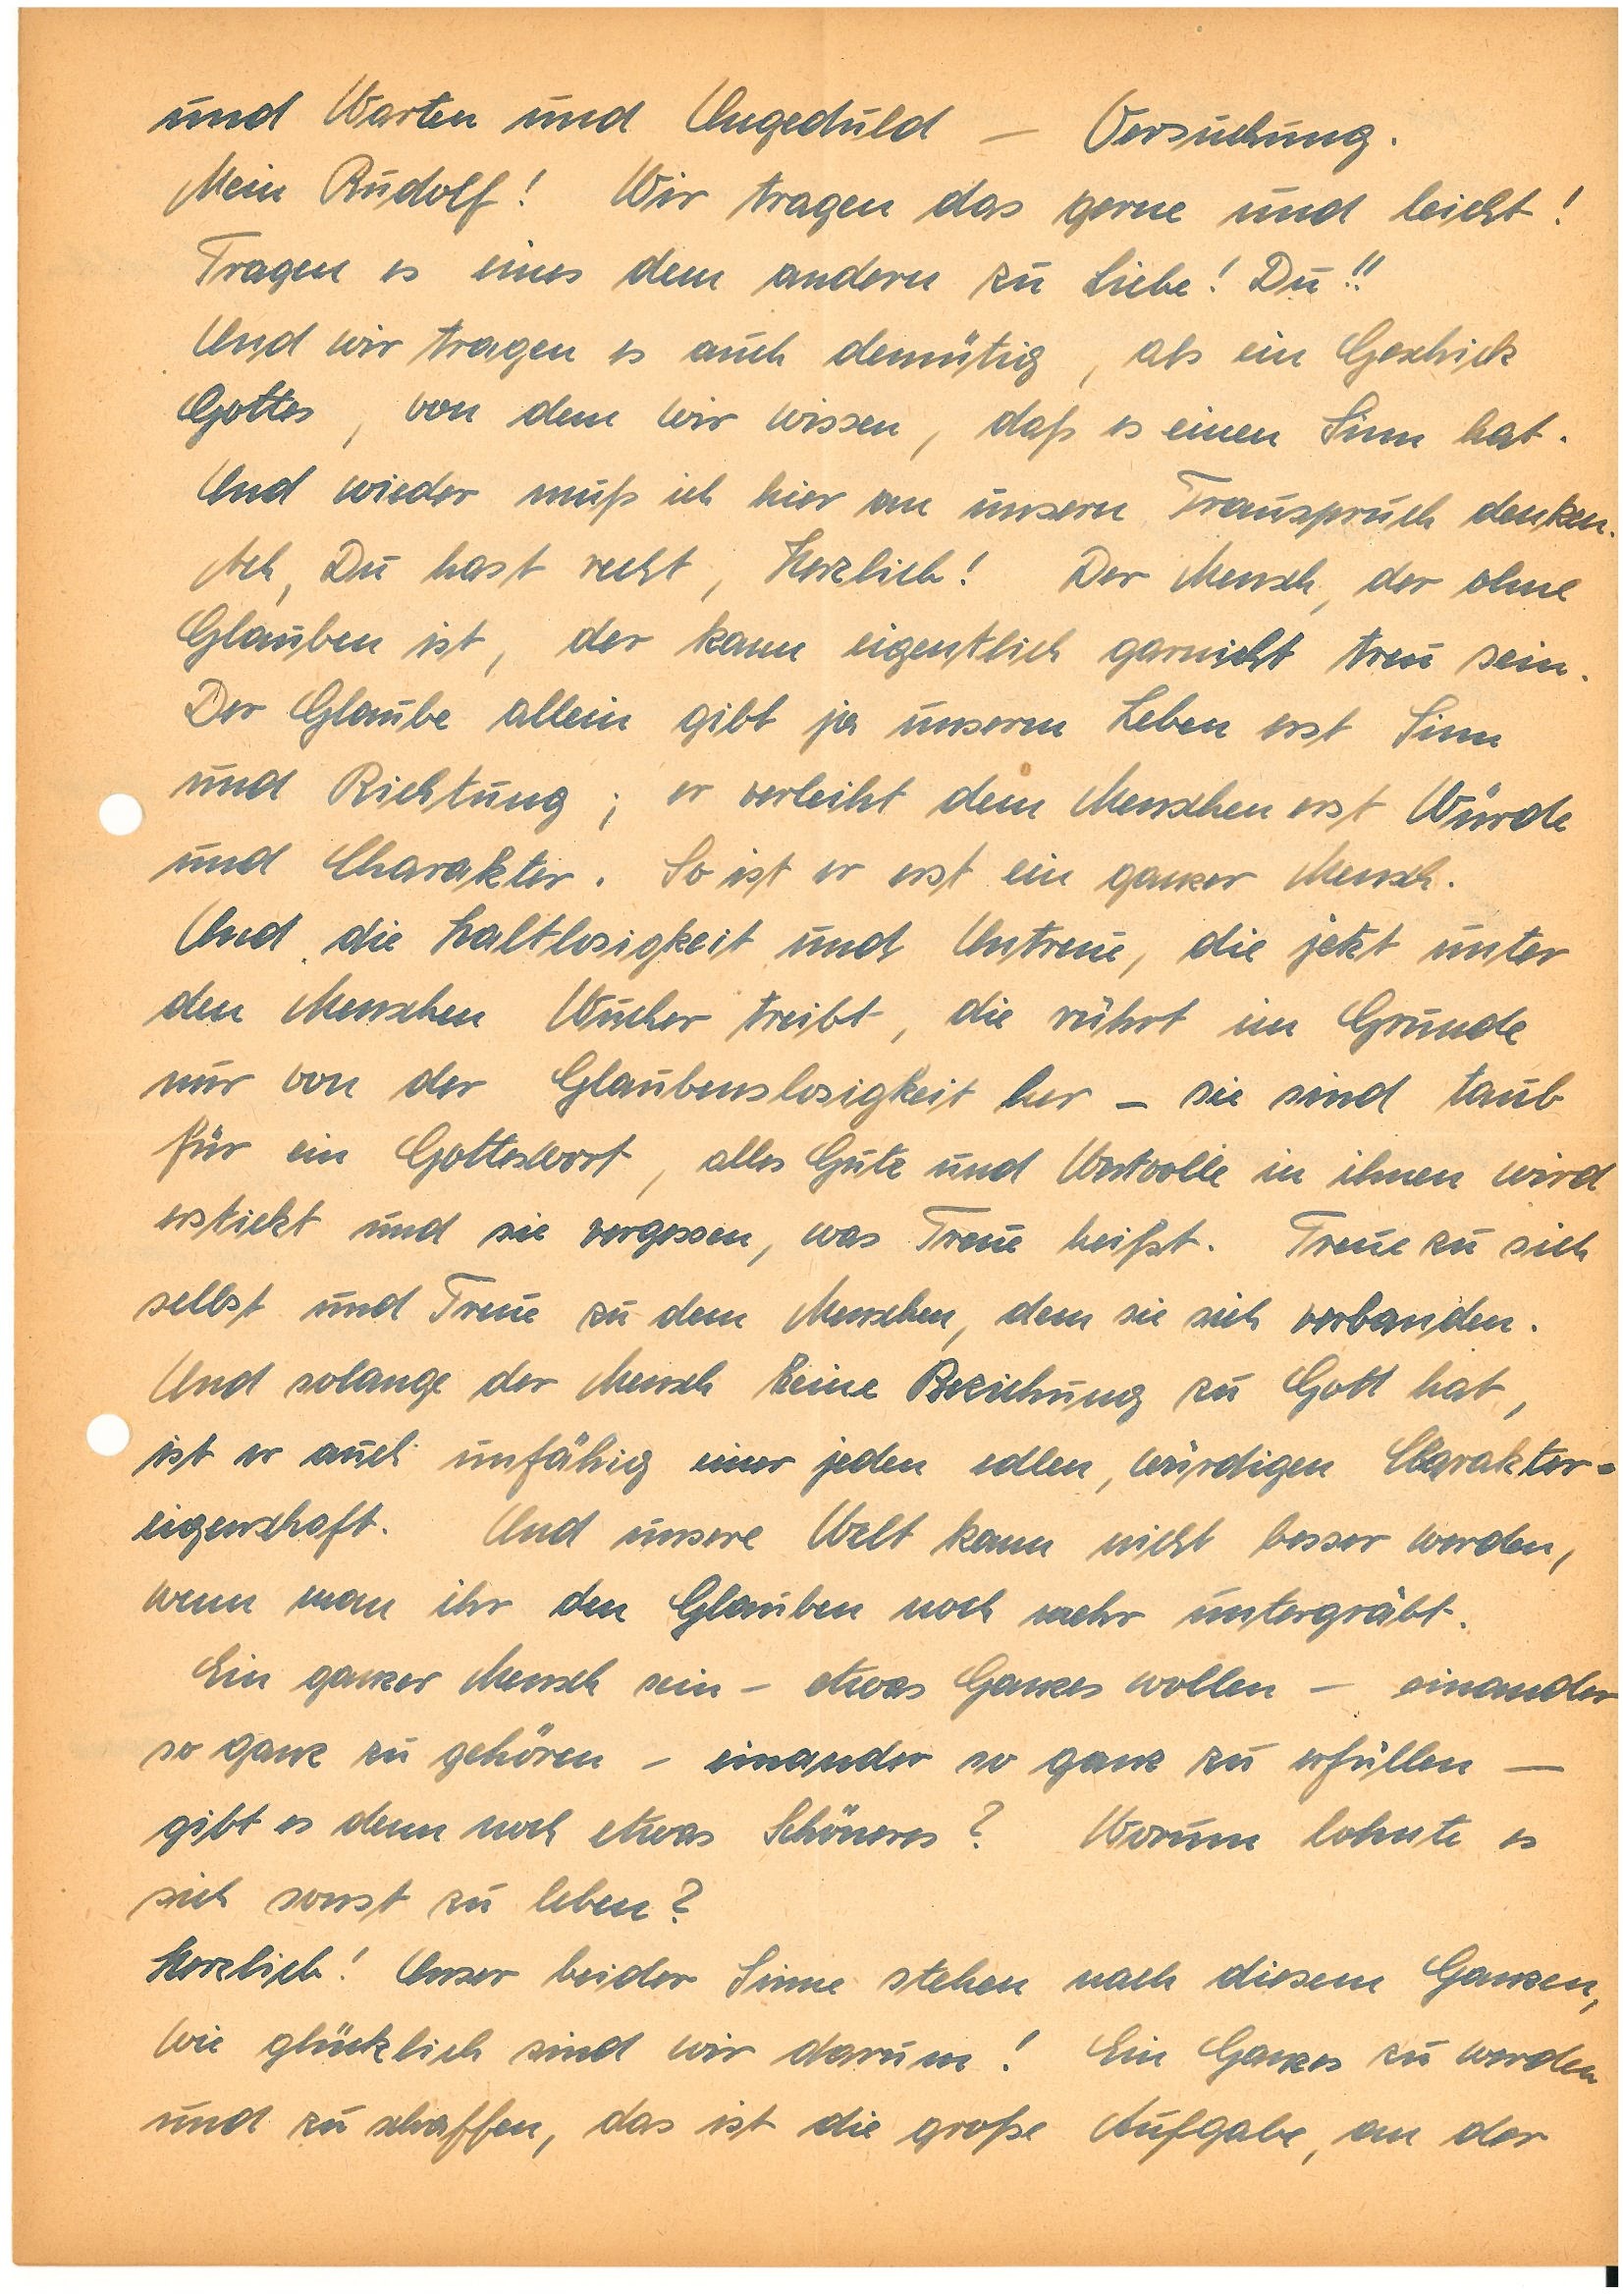
und Warten und Ungeduld – Versuchung.
Mein! Wir tragen das gern und leicht!
Tragen es eines dem andren zu Liebe! Du!!
Und wir tragen es auch demütig, als ein Geschick
Gottes, von dem wir wissen, daß es einen Sinn hat.
Und wieder muss ich hier an unsern Trauspruch denken.
Ach, Du hast recht, Herzlieb! Der Mensch, der ohne
Glauben ist, der kann eigentlich garnicht treu sein.
Der Glaube allein gibt ja unserm Leben erst Sinn
und Richtung; er verleiht dem Menschen erst Würde
und Charakter. So ist er erst ein ganzer Mensch.
Und die Haltlosigkeit und Untreue, die jetzt unter
den Menschen Wucher treibt, die rührt im Grunde
nur von der Glaubenslosigkeit her – sie sind taub
für ein Gotteswort. Alles Gute und Wertvolle in ihnen wird
erstickt und sie vergessen, was Treue heißt. Treue zu sich
selbst und Treue zu dem Menschen, dem sie sich verbanden.
Und solange der Mensch keine Beziehung zu Gott hat,
ist er auch unfähig einer jeden edlen, würdigen Charakter¬
eigenschaft. Und unsere Welt kann nicht besser werden,
wenn man ihr den Glauben noch mehr untergräbt.
Ein ganzer Mensch sein – etwas Ganzes wollen – einander
so ganz zu gehören – einander so ganz zu erfüllen –
gibt es denn noch etwas Schöneres? Warum lohnte es
sich sonst zu leben?
Herzlieb! Unser beider Sinne stehen nach diesem Ganzen,
wie glücklich sind wir darum! Ein Ganzes zu werden
und zu schaffen, das ist die große Aufgabe, an der